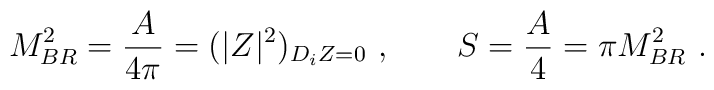
M_{BR}^2= {A\over 4\pi} = (|Z|^2)_{D_i Z=0} \  , \qquad S={A\over 4} =  \pi M_{BR}^2 \ .